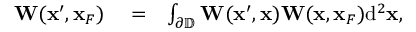
\begin{array} { r l r } { { \bf W } ( { \bf x } ^ { \prime } , { \bf x } _ { F } ) } & { { } = } & { \int _ { { { \partial \mathbb { D } } } } { \bf W } ( { \bf x } ^ { \prime } , { \bf x } ) { \bf W } ( { \bf x } , { \bf x } _ { F } ) \mathrm { d } ^ { 2 } { \bf x } , } \end{array}